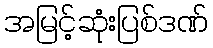
အမြင့်ဆုံးပြစ်ဒဏ်